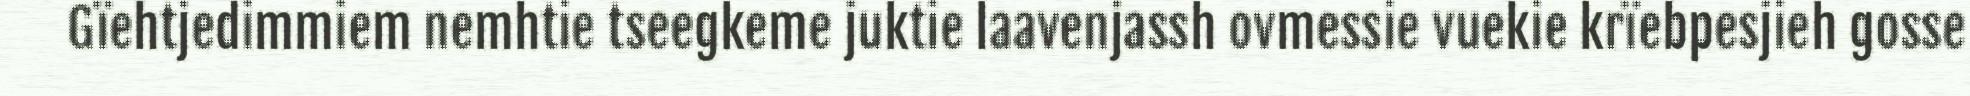
Gïehtjedimmiem nemhtie tseegkeme juktie laavenjassh ovmessie vuekie krïebpesjieh gosse